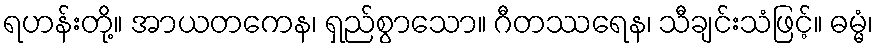
ရဟန်းတို့။ အာယတကေန၊ ရှည်စွာသော။ ဂီတဿရေန၊ သီချင်းသံဖြင့်။ ဓမ္မံ၊